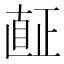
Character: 𱲿